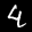
Label: 4